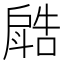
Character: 𣂋